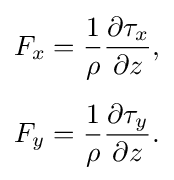
{\begin{aligned}F_{x}&={\frac {1}{\rho }}{\frac {\partial \tau _{x}}{\partial z}},\\[5pt]F_{y}&={\frac {1}{\rho }}{\frac {\partial \tau _{y}}{\partial z}}.\end{aligned}}